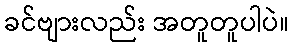
ခင်ဗျားလည်း အတူတူပါပဲ။